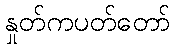
နှုတ်ကပတ်တော်